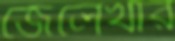
জেলেখার